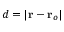
d = \vert \mathbf { r } - \mathbf { r } _ { o } \vert